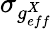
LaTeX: \sigma_{g_{eff}^{X}}